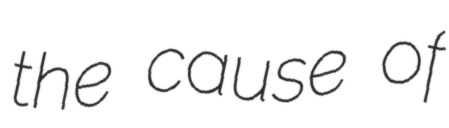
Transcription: the cause of